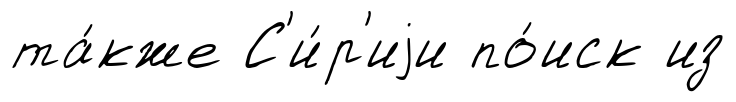
та́кже С'и́р'иjи по́иск из